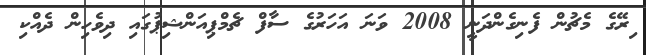
ިރޭގެ މެޗުން ފެނިގެންދަނީ 2008 ވަނަ އަހަރުގެ ސާފް ޗެމްޕިއަންޝިޕުގައި ދިވެހިން ދެއްކި